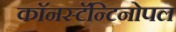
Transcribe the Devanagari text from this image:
काॅनस्टॅन्टिनोपल